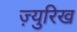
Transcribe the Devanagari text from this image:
ज़्युरिख